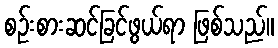
စဉ်းစားဆင်ခြင်ဖွယ်ရာ ဖြစ်သည်။